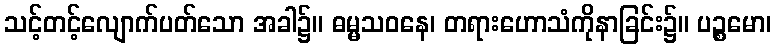
သင့်တင့်လျောက်ပတ်သော အခါ၌။ ဓမ္မသဝနေ၊ တရားဟောသံကိုနာခြင်း၌။ ပဉ္စမော၊